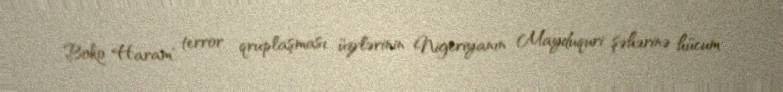
Boko Haram" terror qruplaşması üzvlərinin Nigeriyanın Mayduquri şəhərinə hücum